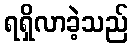
ရရှိလာခဲ့သည်